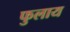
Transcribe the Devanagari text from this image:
फुलाय